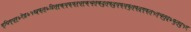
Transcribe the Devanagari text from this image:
ग्यिग्य्र्७ऐइ७५ख्फ्त्७दित्र्क्य्फ्फ्र्य्र्क्च्त्क्दुत्फ्दुय्फ्य्फुत्फ्द्ग्फ्त्५त्च्तुद्७फुत्दु५ए